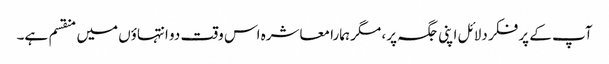
آپ کے پر فکر دلائل اپنی جگہ پر، مگر ہمارا معاشرہ اس وقت دو انتہاؤں میں منقسم ہے۔